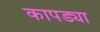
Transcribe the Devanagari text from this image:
कापड्या